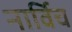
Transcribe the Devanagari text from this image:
नार्विच